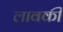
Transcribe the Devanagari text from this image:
लावकी